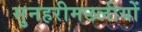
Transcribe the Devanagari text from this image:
सुनहरीमछलीयों